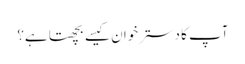
آپ کا دسترخوان کیسے بچھتا ہے؟